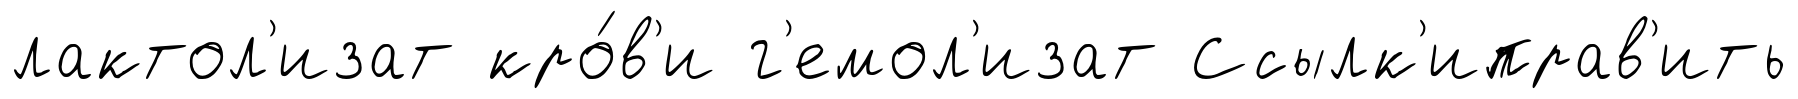
лактол'изат кро́в'и г'емол'изат Ссылк'иправ'ить